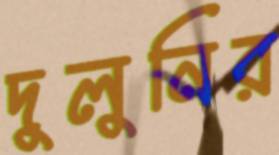
দুলুনির